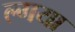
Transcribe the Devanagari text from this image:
ल्गया